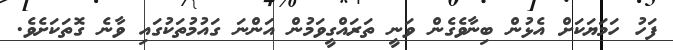
ފަހު ހަމަޔަކަށް އެޅުން ބިނާވެގެން ވަނީ ތަރައްގީވަމުން އަންނަ ގައުމުތަކުގައި ވާނެ ގޮތަކަށެވެ.